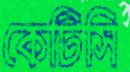
কেটিসি